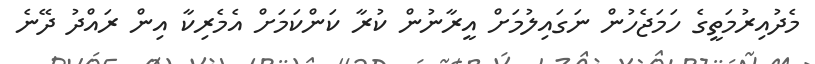
މެދުއިރުމަތީގެ ހަމަޖެހުން ނަގައިލުމަށް އީރާނުން ކުރާ ކަންކަމަށް އެމެރިކާ އިން ރައްދު ދޭނެ